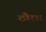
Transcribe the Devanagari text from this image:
ठौर।।